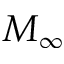
M _ { \infty }